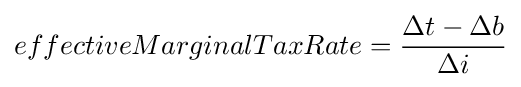
effectiveMarginalTaxRate={\frac {\Delta t-\Delta b}{\Delta i}}